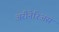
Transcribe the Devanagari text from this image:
अरीनेरिअस